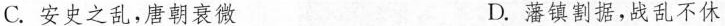
C.安史之乱，唐朝衰微 D.藩镇割据，战乱不休